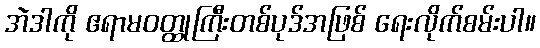
အဲဒါကို ဧရာမဝတ္ထုကြီးတစ်ပုဒ်အဖြစ် ရေးလိုက်စမ်းပါ။